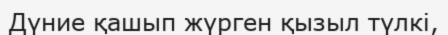
Дүние қашып жүрген қызыл түлкі,